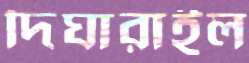
দিঘারাইল